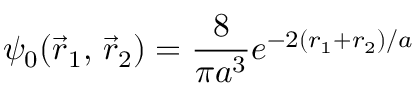
\psi _ { 0 } ( { \vec { r } } _ { 1 } , \, { \vec { r } } _ { 2 } ) = { \frac { 8 } { \pi a ^ { 3 } } } e ^ { - 2 ( r _ { 1 } + r _ { 2 } ) / a }